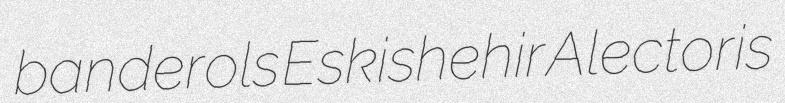
banderols Eskishehir Alectoris